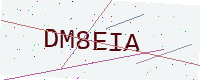
Text: DM8EIA